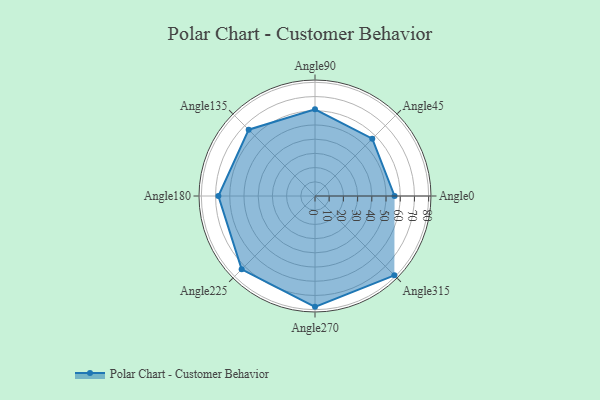
{"axis": {"x": "Angle", "y": "Radius"}, "legend": [""], "data": [{"x": "Angle0", "y": 56.0, "type": ""}, {"x": "Angle45", "y": 57.0, "type": ""}, {"x": "Angle90", "y": 61.0, "type": ""}, {"x": "Angle135", "y": 66.0, "type": ""}, {"x": "Angle180", "y": 68.0, "type": ""}, {"x": "Angle225", "y": 73.0, "type": ""}, {"x": "Angle270", "y": 78.0, "type": ""}, {"x": "Angle315", "y": 79.0, "type": ""}]}